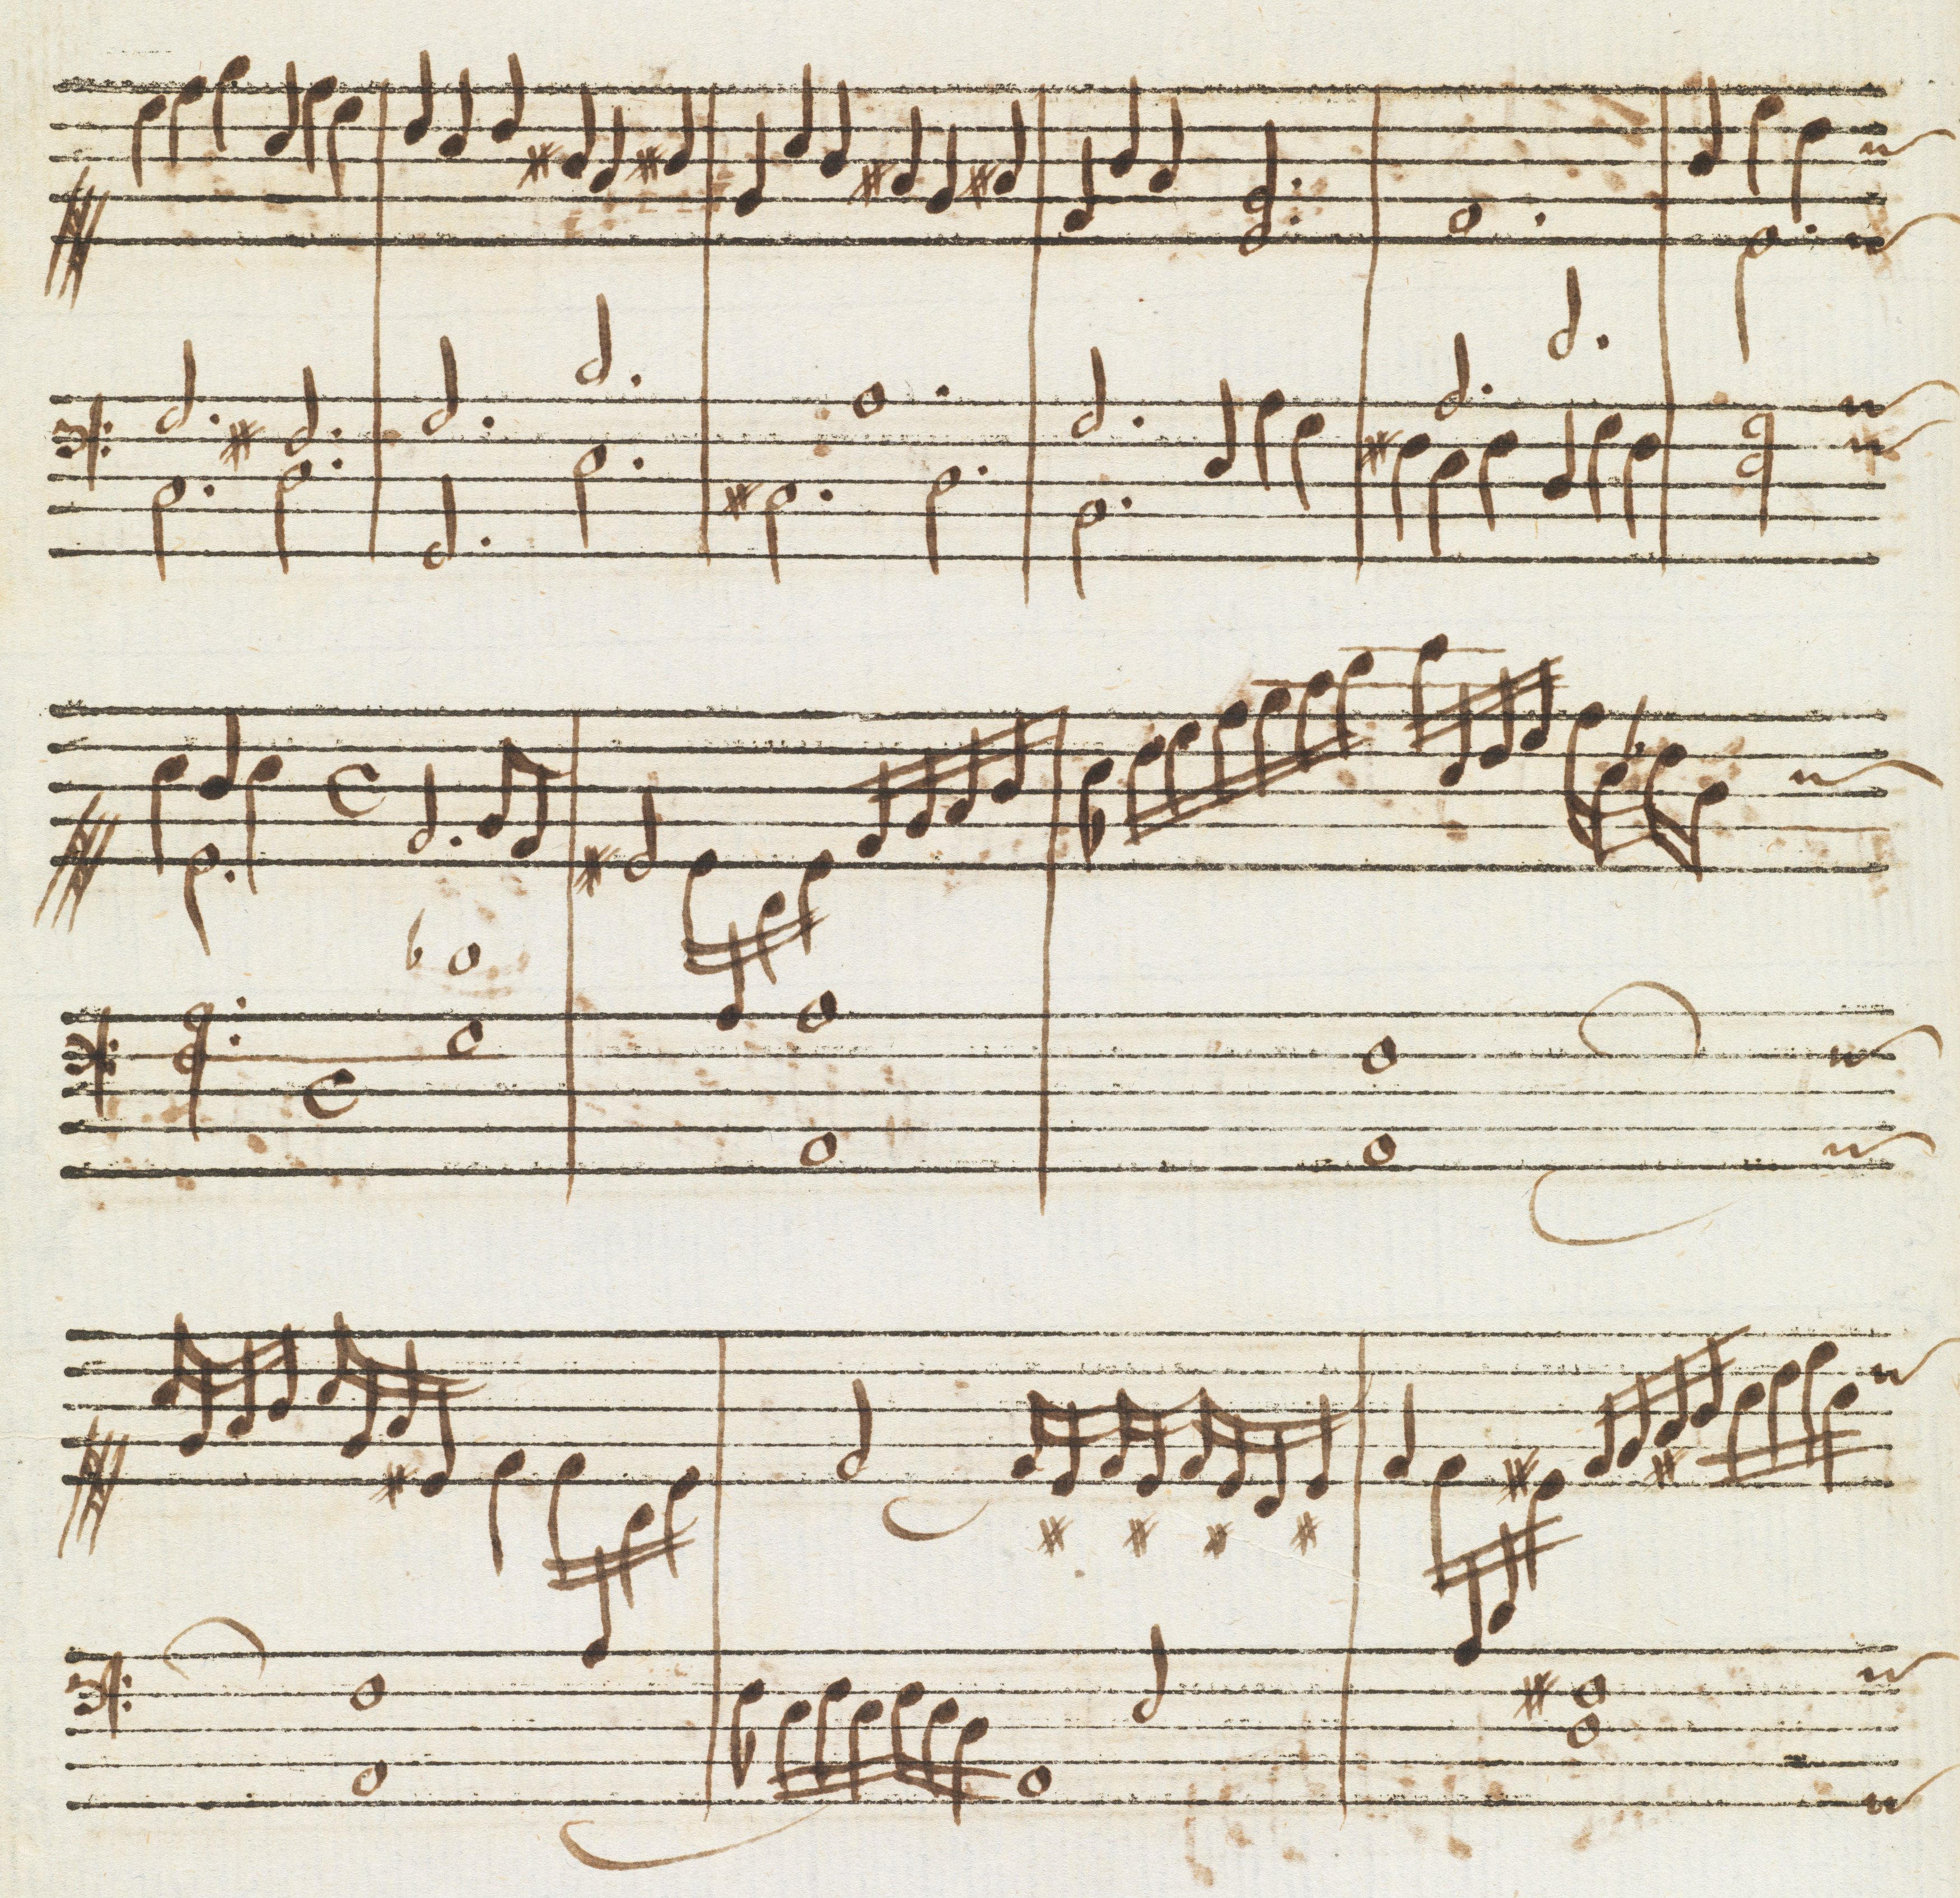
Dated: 1650–1699